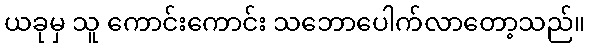
ယခုမှ သူ ကောင်းကောင်း သဘောပေါက်လာတော့သည်။